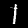
Digit: 1